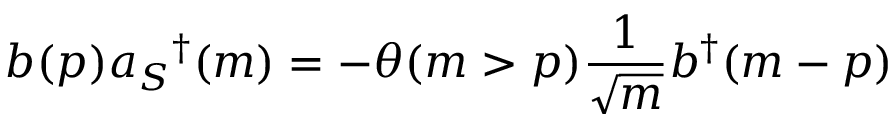
b ( p ) a _ { S } { } ^ { \dag } ( m ) = - \theta ( m > p ) \frac { 1 } { \sqrt { m } } b ^ { \dag } ( m - p )